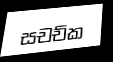
සචච්ක